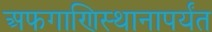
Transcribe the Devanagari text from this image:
अफगाणिस्थानापर्यंत